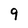
Character: 9